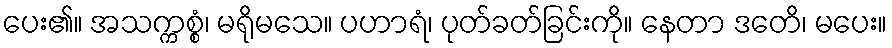
ပေး၏။ အသက္ကစ္စံ၊ မရိုမသေ။ ပဟာရံ၊ ပုတ်ခတ်ခြင်းကို။ နေတာ ဒတေိ၊ မပေး။